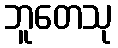
ဘူတေသု